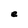
Character: e